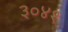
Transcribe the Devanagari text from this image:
३०४१